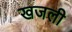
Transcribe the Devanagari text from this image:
खजली